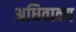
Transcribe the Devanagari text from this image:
अधिवाक्य